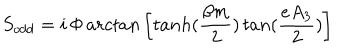
LaTeX: S _ { o d d } = i \, \Phi \, a r c t a n \left[ t a n h ( \frac { \beta m } { 2 } ) \, t a n ( \frac { e A _ { 3 } } { 2 } ) \right]